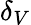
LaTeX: \delta_{V}